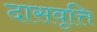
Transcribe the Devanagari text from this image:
दासवृत्ति